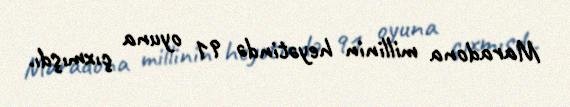
Maradona millinin heyətində 91 oyuna çıxmışdı.